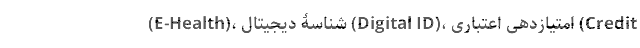
(E-Health)، شناسۀ دیجیتال (Digital ID)، امتیازدهی اعتباری (Credit